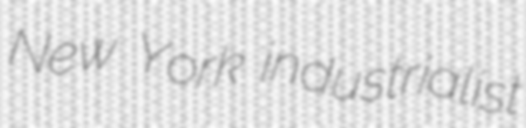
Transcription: New York industrialist